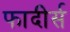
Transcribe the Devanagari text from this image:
फादीर्स